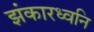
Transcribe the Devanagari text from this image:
झंकारध्वनि